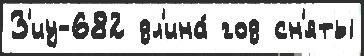
З'иу-682 дл'ина́ год сн'яты